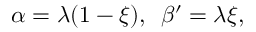
\alpha = \lambda ( 1 - \xi ) , \, \, \, \beta ^ { \prime } = \lambda \xi ,